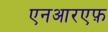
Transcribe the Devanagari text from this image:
एनआरएफ़